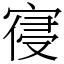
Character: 寑